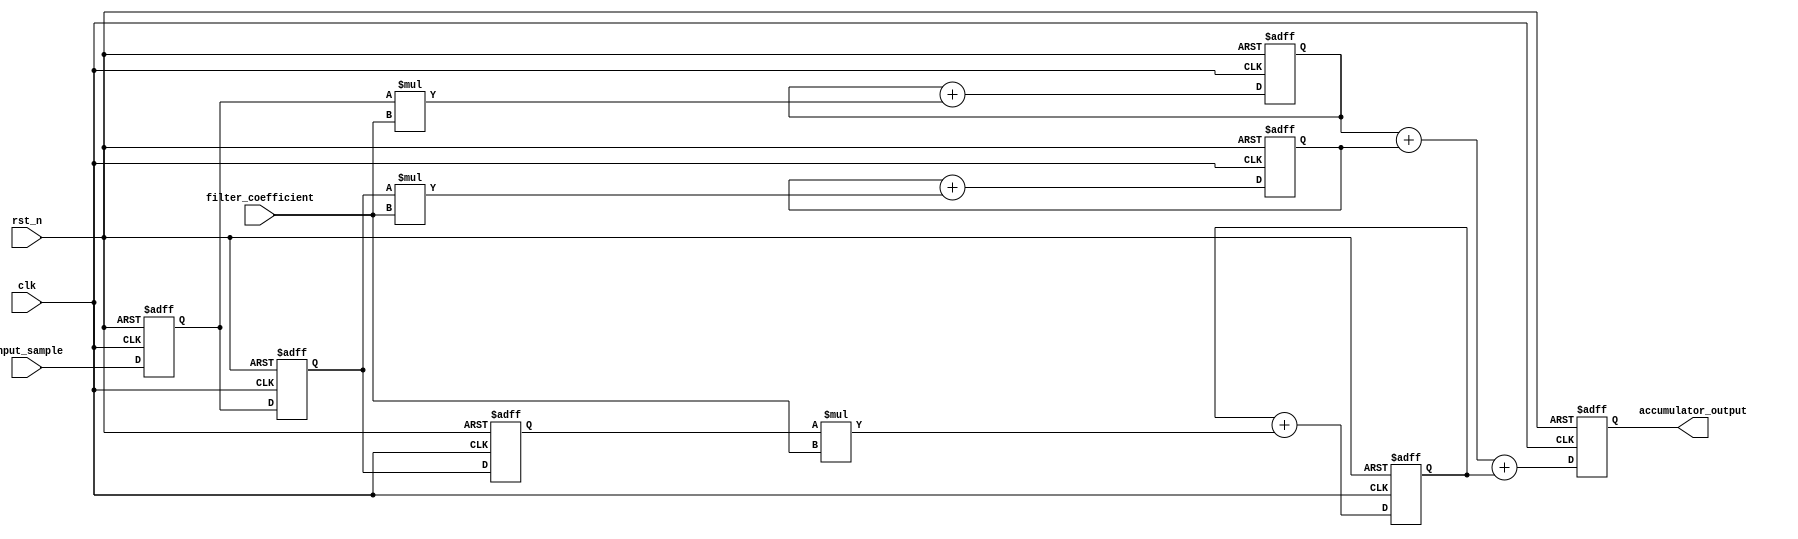
module fir_filter_accumulator(
  input         clk,
  input         rst_n,
  input  [7:0]  input_sample,
  input  [7:0]  filter_coefficient,
  output reg [15:0] accumulator_output
);

reg [15:0] partial_sum1, partial_sum2, partial_sum3;
reg [7:0] input_sample_reg1, input_sample_reg2, input_sample_reg3;

always @(posedge clk or negedge rst_n) begin
  if (~rst_n) begin
    accumulator_output <= 16'd0;
    partial_sum1 <= 16'd0;
    partial_sum2 <= 16'd0;
    partial_sum3 <= 16'd0;
    input_sample_reg1 <= 8'd0;
    input_sample_reg2 <= 8'd0;
    input_sample_reg3 <= 8'd0;
  end else begin
    // Shift input samples
    input_sample_reg3 <= input_sample_reg2;
    input_sample_reg2 <= input_sample_reg1;
    input_sample_reg1 <= input_sample;

    // Multiply and accumulate
    partial_sum1 <= partial_sum1 + input_sample_reg1 * filter_coefficient;
    partial_sum2 <= partial_sum2 + input_sample_reg2 * filter_coefficient;
    partial_sum3 <= partial_sum3 + input_sample_reg3 * filter_coefficient;

    // Combine partial sums
    accumulator_output <= partial_sum1 + partial_sum2 + partial_sum3;
  end
end

endmodule